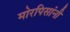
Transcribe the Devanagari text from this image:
मोरपिसांनी